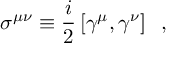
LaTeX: \sigma ^ { \mu \nu } \equiv { \frac { i } { 2 } } \left\lbrack \gamma ^ { \mu } , \gamma ^ { \nu } \right\rbrack \; \; ,